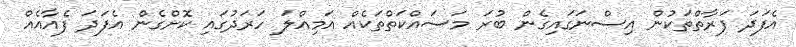
އެފަދަ ފަރާތްތަކުން އިސްނަގައިގެން ބުރަ މަސައްކަތްތަކެއް އަމިއްލަ ހަރަދުގައި ކޮށްގެން އެފަދަ ފެއާއެއް